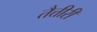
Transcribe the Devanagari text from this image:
तैत्तीरी